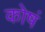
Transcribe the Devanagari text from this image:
कोषं